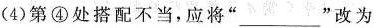
(4)第④处搭配不当，应将”___”改为